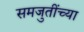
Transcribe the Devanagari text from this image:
समजुतींच्या